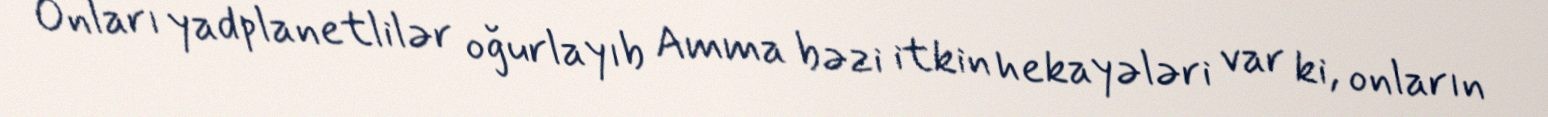
Onları yadplanetlilər oğurlayıb Amma bəzi itkin hekayələri var ki, onların